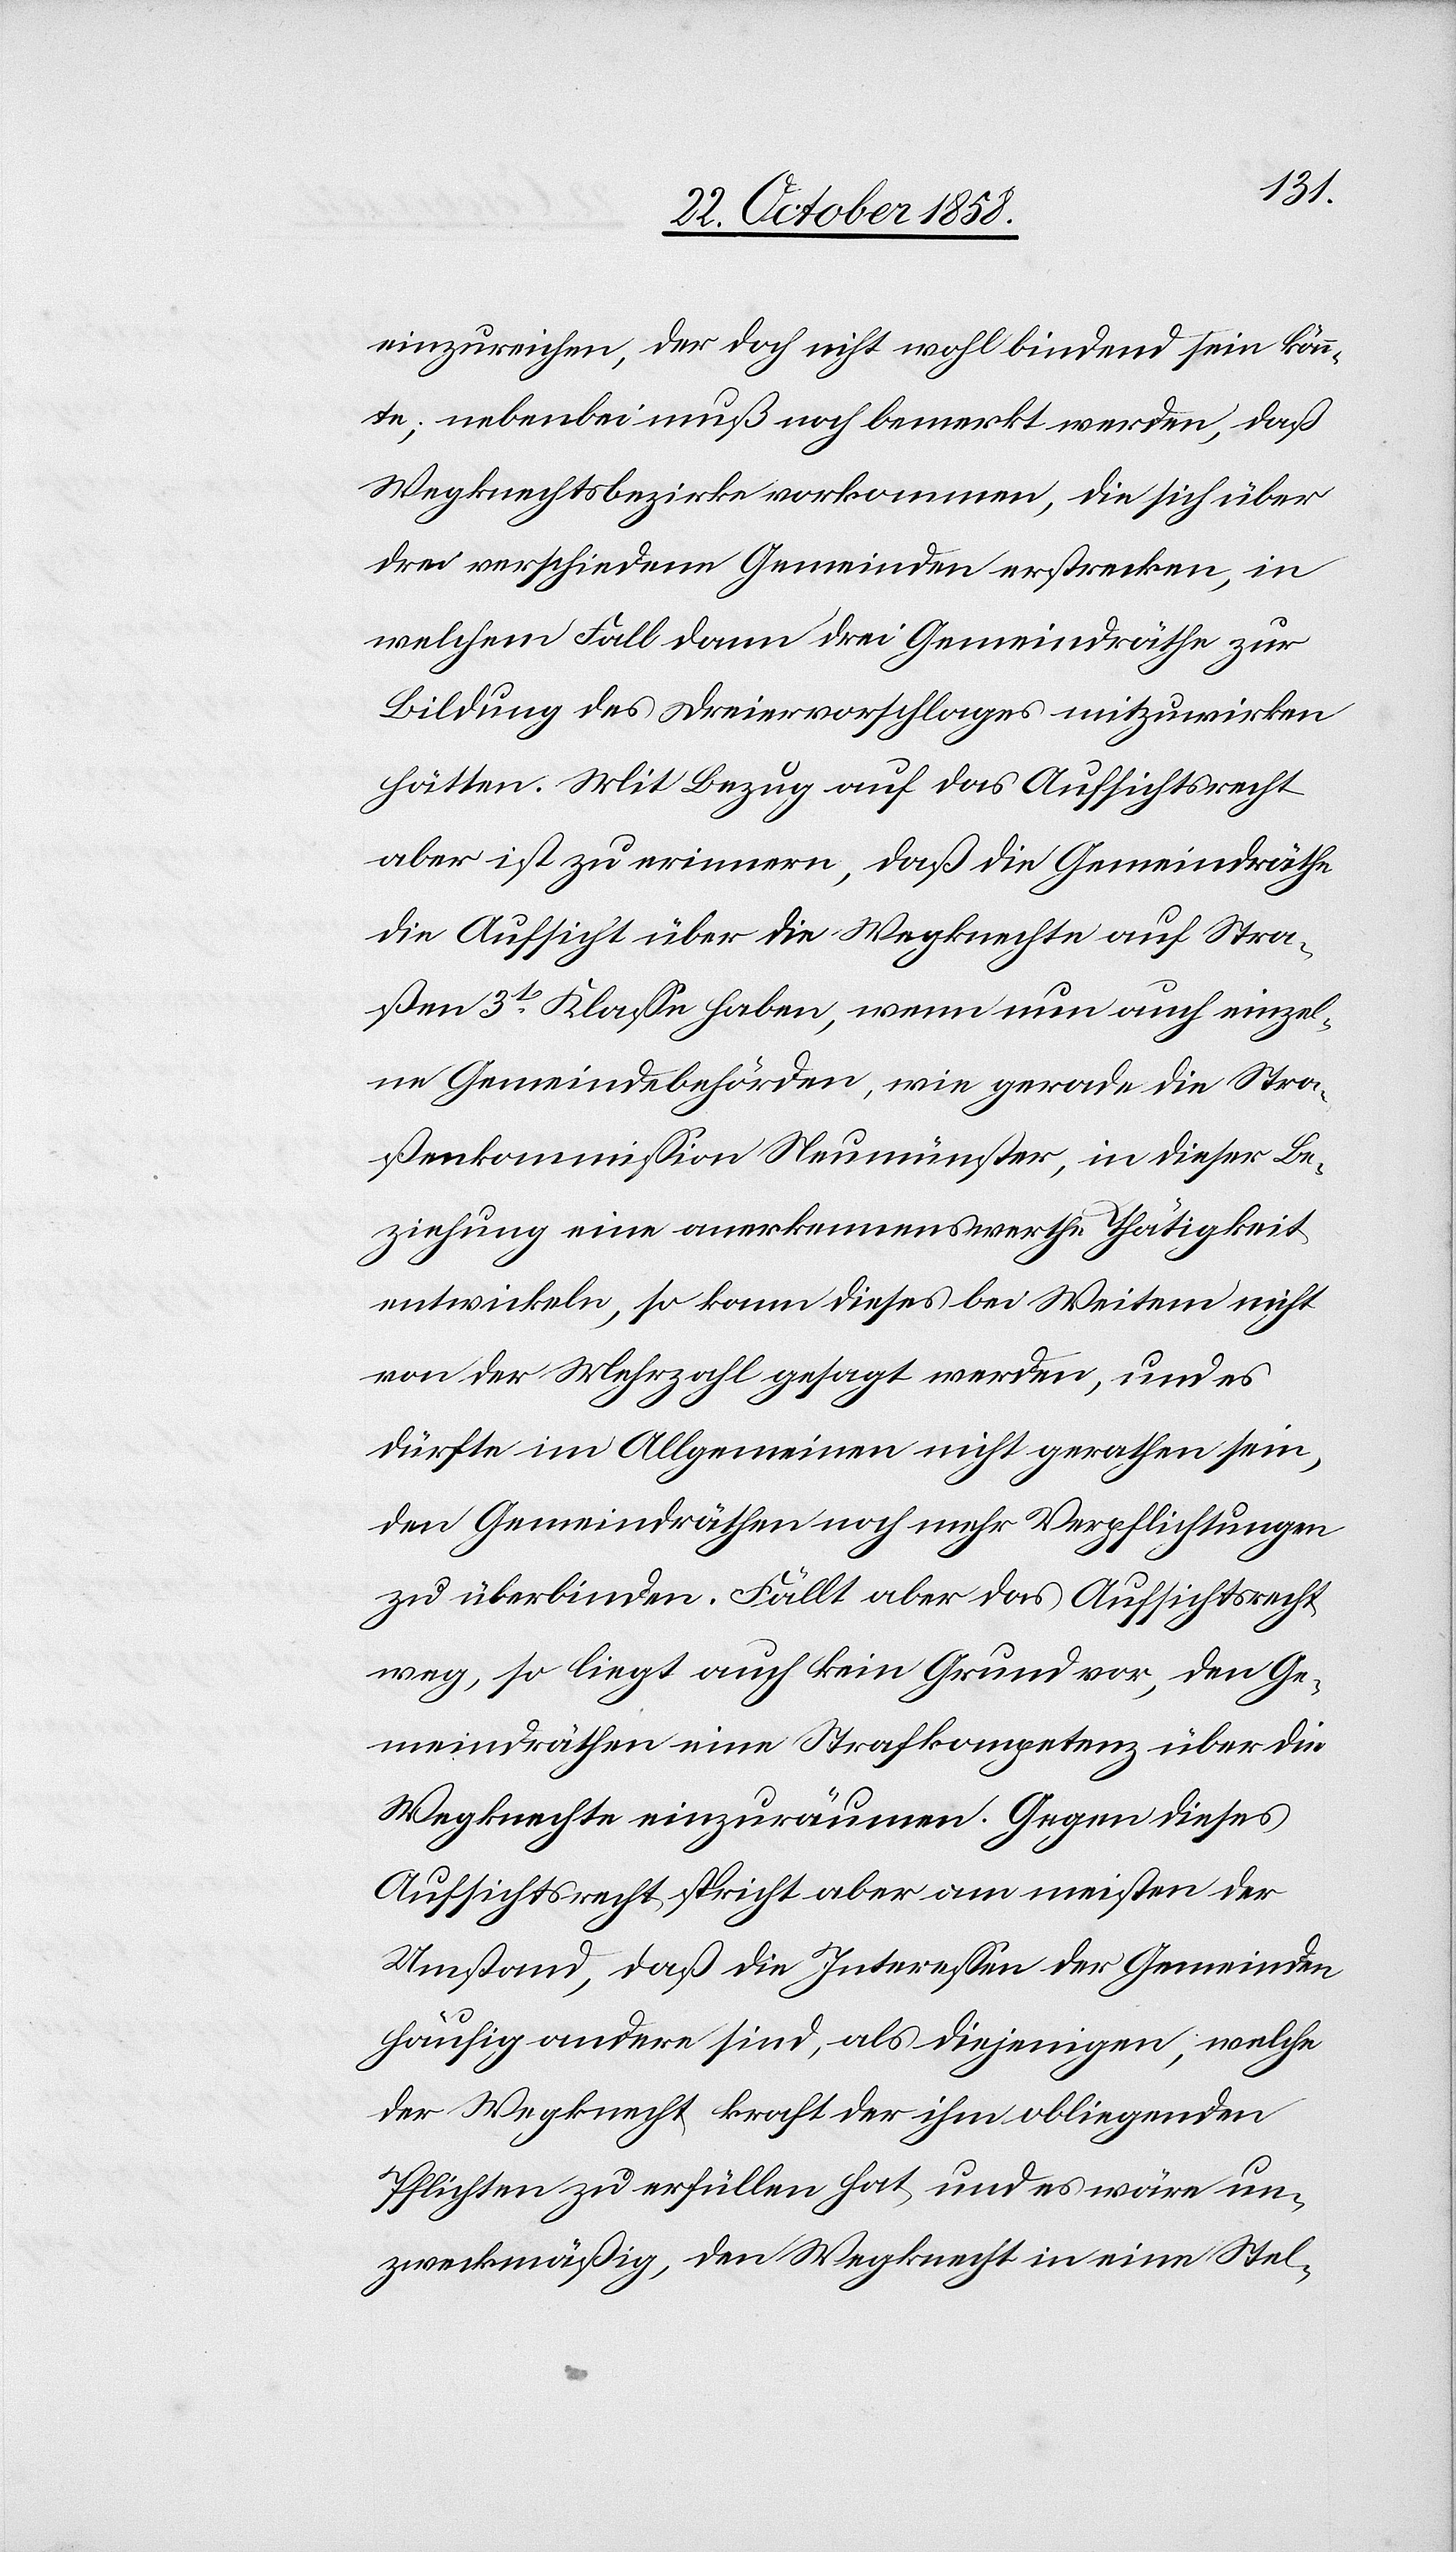
einzureichen, der doch nicht wohl bindend sein könn¬
te; nebenbei muß noch bemerkt werden, daß
Wegknechtsbezirke vorkommen, die sich über
drei verschiedene Gemeinden erstrecken, in
welchem Fall dann drei Gemeindräthe zur
Bildung des Dreiervorschlages mitzuwirken
hätten. Mit Bezug auf das Aufsichtsrecht
aber ist zu erinnern, daß die Gemeindräthe
die Aufsicht über die Wegknechte auf Stra¬
ßen 3t. Klasse haben, wenn nun auch einzel¬
ne Gemeindebehörden, wie gerade die Stra¬
ßenkommission Neumünster, in dieser Be¬
ziehung eine anerkennenswerthe Thätigkeit
entwickeln, so kann dieses bei Weitem nicht
von der Mehrzahl gesagt werden, und es
dürfte im Allgemeinen nicht gerathen sein,
den Gemeindräthen noch mehr Verpflichtungen
zu überbinden. Fällt aber das Aufsichtsrecht
weg, so liegt auch kein Grund vor, den Ge¬
meindräthen eine Strafkompetenz über die
Wegknechte einzuräumen. Gegen dieses
Aufsichtsrecht spricht aber am meisten der
Umstand, daß die Interessen der Gemeinden
häufig andere sind, als diejenigen, welche
der Wegknecht kraft der ihm obliegenden
Pflichten zu erfüllen hat und es wäre un¬
zweckmäßig, den Wegknecht in eine Stel-